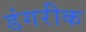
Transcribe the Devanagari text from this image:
डंगरीक